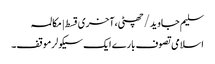
سلیم جاوید/چھٹی،آخری قسط | مکالمہ
اسلامی تصوف بارے ایک سیکولرموقف۔